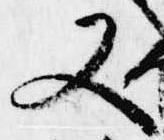
又